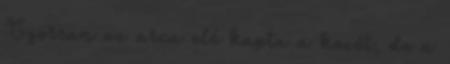
Gyorsan az arca elé kapta a kezét, de a